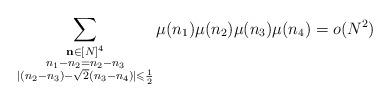
LaTeX: \begin{align*}\sum\limits_{\substack{\mathbf{n}\in [N]^4\\ n_1 - n_2 = n_2 - n_3\\ \vert (n_2 -n_3) - \sqrt {2}(n_3 - n_4)\vert \leqslant \frac{1}{2}}} \mu(n_1)\mu(n_2)\mu(n_3)\mu(n_4) = o(N^2)\end{align*}